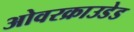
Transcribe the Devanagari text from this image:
ओवरक्राउडेड